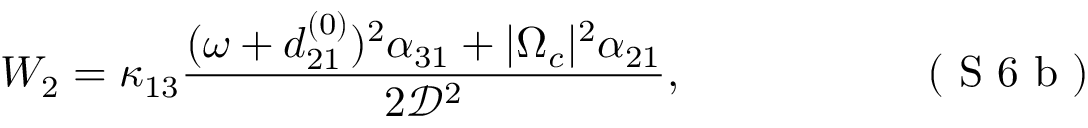
W _ { 2 } = \kappa _ { 1 3 } \frac { ( \omega + d _ { 2 1 } ^ { ( 0 ) } ) ^ { 2 } \alpha _ { 3 1 } + | \Omega _ { c } | ^ { 2 } \alpha _ { 2 1 } } { 2 \mathcal { D } ^ { 2 } } , \eqno { ( \textrm { S 6 b } ) }